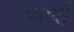
પાલી